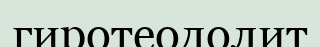
гиротеодолит